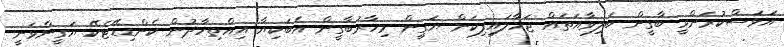
އަވަސްކުރަންވީ ބާގީން ބަލިވާއަތައް ޖަހާލައިފިކަން ޔަގީން މިހާރުބާގީން އެބަކިޔާ އިއްތިހާދުން ކެންޑިޑޭޓެކޭ ޔަގީންވަނީ